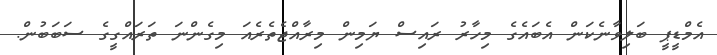
އެމްޑީޕީ ބަލިވާނެކަން އެބައެގެ މިހާރު ރައިސް ޔަމިން މިރާއްޖެތެރެއަ މިގެންނަ ތަރައްގީގެ ސަބަބުން.